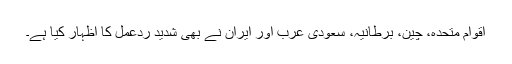
اقوام متحدہ، چین، برطانیہ، سعودی عرب اور ایران نے بھی شدید ردعمل کا اظہار کیا ہے۔